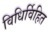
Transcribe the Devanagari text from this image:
विधिर्विहित